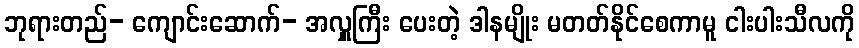
ဘုရားတည်- ကျောင်းဆောက်- အလှူကြီး ပေးတဲ့ ဒါနမျိုး မတတ်နိုင်စေကာမူ ငါးပါးသီလကို